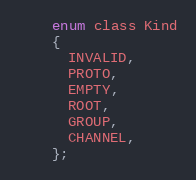
Language: C
    enum class Kind
    {
      INVALID,
      PROTO,
      EMPTY,
      ROOT,
      GROUP,
      CHANNEL,
    };